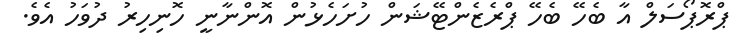
ޕްރޮޕޯސަލް އާ ބެހޭ ބެހޭ ޕްރެޒެންޓޭޝަން ހުށަހެޅުން އޮންނާނީ ހޮނިހިރު ދުވަހު އެވެ.